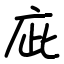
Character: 庛